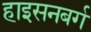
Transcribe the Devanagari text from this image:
हाइसनबर्ग